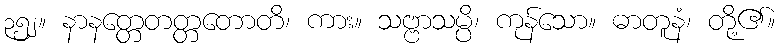
၃၅၂။ နာနတ္တေတတ္တတောတိ၊ ကား။ သဗ္ဗာသမ္ပိ၊ ကုန်သော။ ဓာတူနံ၊ တို့၏။